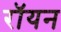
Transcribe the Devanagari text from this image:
रॉयन